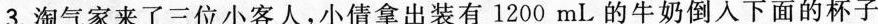
3.淘气家来了三位小客人，小倩拿出装有1200mL的牛奶倒入下面的杯子